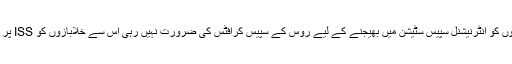
اس مشن کی کامیابی کا مطلب یہ ہے کہ اب امریکہ کو اپنے خلابازوں کو انٹرنیشنل سپیس سٹیشن میں بھیجنے کے لیے روس کے سپیس کرافٹس کی ضرورت نہیں رہی اس سے خلابازوں کو ISS پر بھیجنے کی مد میں 30 ملین ڈالر فی خلاباز فی سفر کی بچت ہو گی۔